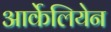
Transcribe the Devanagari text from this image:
आर्केलियेन